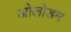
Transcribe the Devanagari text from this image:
ओलोडम